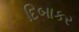
દિબાકર